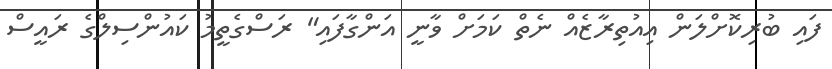
ފައި ބުރިކޮށްލަން އިއުތިރާޒެއް ނެތް ކަމަށް ވާނީ އަންގާފައި" ރަސްގެތީމު ކައުންސިލްގެ ރައީސް